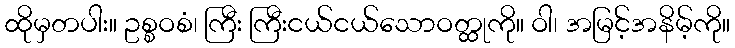
ထိုမှတပါး။ ဥစ္စဝစံ၊ ကြီး ကြီးငယ်ငယ်သောဝတ္ထုကို။ ဝါ၊ အမြင့်အနိမ့်ကို။